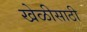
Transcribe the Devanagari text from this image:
खेळीसाठी